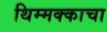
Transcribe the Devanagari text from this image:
थिम्मक्काचा